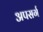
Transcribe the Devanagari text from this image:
अपसर्ग